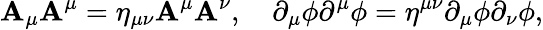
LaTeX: \mathbf{A}_{\mu}\mathbf{A}^{\mu}=\eta_{\mu\nu}\mathbf{A}^{\mu}\mathbf{A}^{\nu},\quad\partial_{\mu}\phi\partial^{\mu}\phi=\eta^{\mu\nu}\partial_{\mu}\phi\partial_{\nu}\phi,